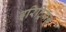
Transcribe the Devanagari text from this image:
इरिट्रियन